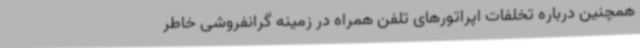
همچنین درباره تخلفات اپراتورهای تلفن همراه در زمینه گرانفروشی خاطر